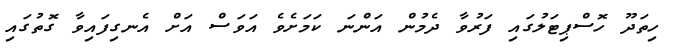
ހިތަދޫ ހޮސްޕިޓަލުގައި ފަރުވާ ދެމުން އަންނަ ކަމަށެވެ އަވަސް އަށް އެނގިފައިވާ ގޮތުގައި